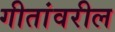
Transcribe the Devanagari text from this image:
गीतांवरील